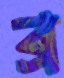
ব্র